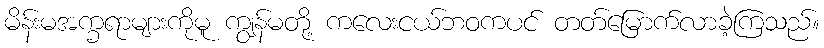
မိန်းမအက္ခရာများကိုမူ ကျွန်မတို့ ကလေးငယ်ဘဝကပင် တတ်မြောက်လာခဲ့ကြသည်။